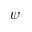
\psi